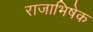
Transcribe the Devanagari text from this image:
राजाभिषेक